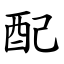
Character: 配